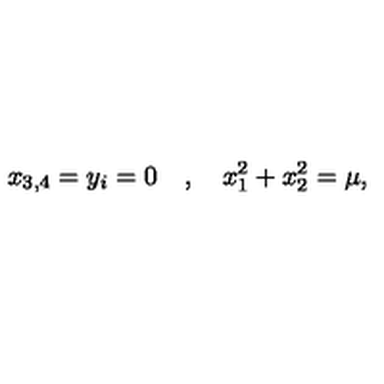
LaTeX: x _ { 3 , 4 } = y _ { i } = 0 \quad , \quad x _ { 1 } ^ { 2 } + x _ { 2 } ^ { 2 } = \mu ,